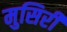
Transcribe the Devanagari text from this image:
मुसिरी